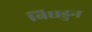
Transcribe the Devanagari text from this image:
बिघडुन